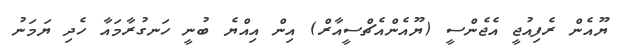
ޔޫއެން ރެފިއުޖީ އެޖެންސީ (ޔޫއެންއެޗްސީއާރް) އިން އިއްޔެ ބުނީ ހަނގުރާމައާ ހެދި ޔަމަނު